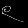
Digit: ၉